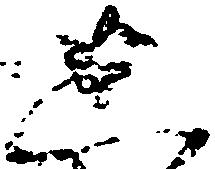
上